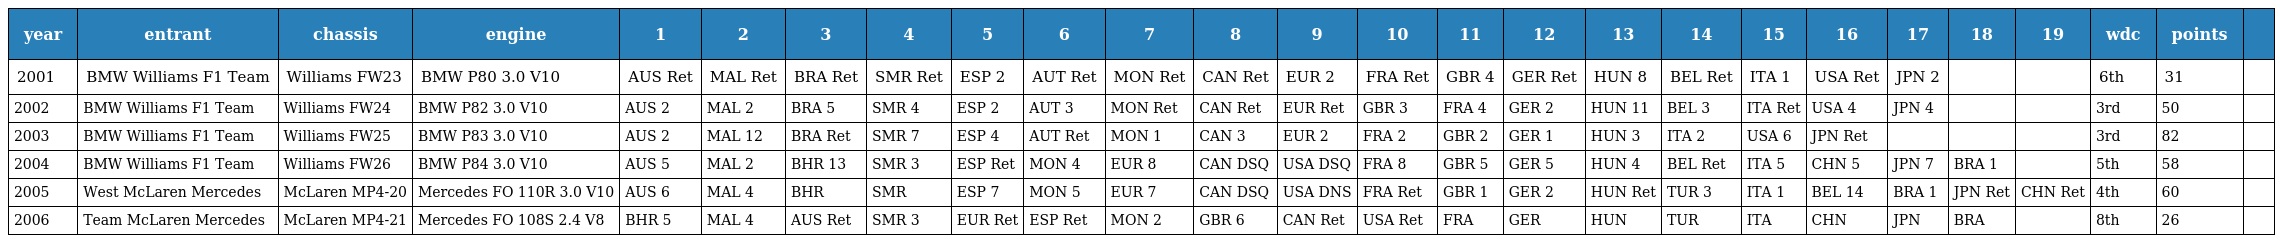
| year | entrant | chassis | engine | 1 | 2 | 3 | 4 | 5 | 6 | 7 | 8 | 9 | 10 | 11 | 12 | 13 | 14 | 15 | 16 | 17 | 18 | 19 | wdc | points |  |
 | --- | --- | --- | --- | --- | --- | --- | --- | --- | --- | --- | --- | --- | --- | --- | --- | --- | --- | --- | --- | --- | --- | --- | --- | --- | --- |
 | 2001 | BMW Williams F1 Team | Williams FW23 | BMW P80 3.0 V10 | AUS Ret | MAL Ret | BRA Ret | SMR Ret | ESP 2 | AUT Ret | MON Ret | CAN Ret | EUR 2 | FRA Ret | GBR 4 | GER Ret | HUN 8 | BEL Ret | ITA 1 | USA Ret | JPN 2 |  |  | 6th | 31 |  |
 | 2002 | BMW Williams F1 Team | Williams FW24 | BMW P82 3.0 V10 | AUS 2 | MAL 2 | BRA 5 | SMR 4 | ESP 2 | AUT 3 | MON Ret | CAN Ret | EUR Ret | GBR 3 | FRA 4 | GER 2 | HUN 11 | BEL 3 | ITA Ret | USA 4 | JPN 4 |  |  | 3rd | 50 |  |
 | 2003 | BMW Williams F1 Team | Williams FW25 | BMW P83 3.0 V10 | AUS 2 | MAL 12 | BRA Ret | SMR 7 | ESP 4 | AUT Ret | MON 1 | CAN 3 | EUR 2 | FRA 2 | GBR 2 | GER 1 | HUN 3 | ITA 2 | USA 6 | JPN Ret |  |  |  | 3rd | 82 |  |
 | 2004 | BMW Williams F1 Team | Williams FW26 | BMW P84 3.0 V10 | AUS 5 | MAL 2 | BHR 13 | SMR 3 | ESP Ret | MON 4 | EUR 8 | CAN DSQ | USA DSQ | FRA 8 | GBR 5 | GER 5 | HUN 4 | BEL Ret | ITA 5 | CHN 5 | JPN 7 | BRA 1 |  | 5th | 58 |  |
 | 2005 | West McLaren Mercedes | McLaren MP4-20 | Mercedes FO 110R 3.0 V10 | AUS 6 | MAL 4 | BHR | SMR | ESP 7 | MON 5 | EUR 7 | CAN DSQ | USA DNS | FRA Ret | GBR 1 | GER 2 | HUN Ret | TUR 3 | ITA 1 | BEL 14 | BRA 1 | JPN Ret | CHN Ret | 4th | 60 |  |
 | 2006 | Team McLaren Mercedes | McLaren MP4-21 | Mercedes FO 108S 2.4 V8 | BHR 5 | MAL 4 | AUS Ret | SMR 3 | EUR Ret | ESP Ret | MON 2 | GBR 6 | CAN Ret | USA Ret | FRA | GER | HUN | TUR | ITA | CHN | JPN | BRA |  | 8th | 26 |  |